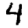
Digit: 4